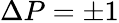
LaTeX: \Delta P=\pm 1